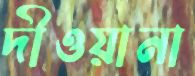
দীওয়ানা